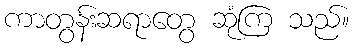
ကာတွန်းဆရာတွေ ဆုံကြ သည်။